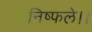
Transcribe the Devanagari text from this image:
निष्फले।।